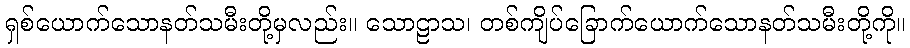
ရှစ်ယောက်သောနတ်သမီးတို့မှလည်း။ သောဠာသ၊ တစ်ကျိပ်ခြောက်ယောက်သောနတ်သမီးတို့ကို။